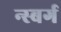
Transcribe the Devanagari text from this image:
न्स्बर्ग